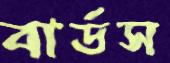
বার্ডস